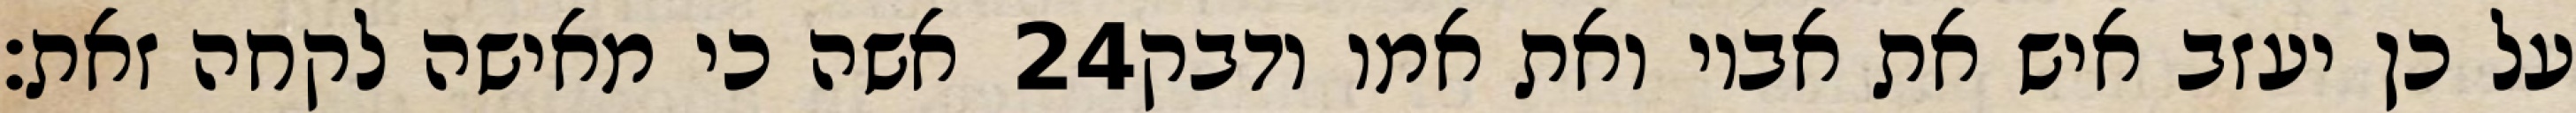
אשה כי מאישה לקחה זאת׃ ‎24‏ על כן יעזב איש את אביו ואת אמו ודבק